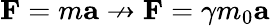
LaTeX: \mathbf{F}=m\mathbf{a}\nrightarrow\mathbf{F}=\gamma m_{0}\mathbf{a}